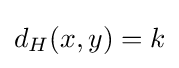
d_{H}(x,y)=k